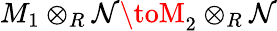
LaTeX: M_{1}\otimes_{R}\mathcal{N}\toM_{2}\otimes_{R}\mathcal{N}